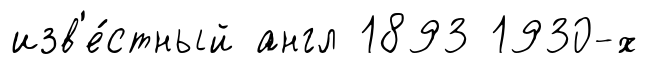
изв'е́стный англ 1893 1930-х